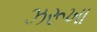
ઝરૂખા